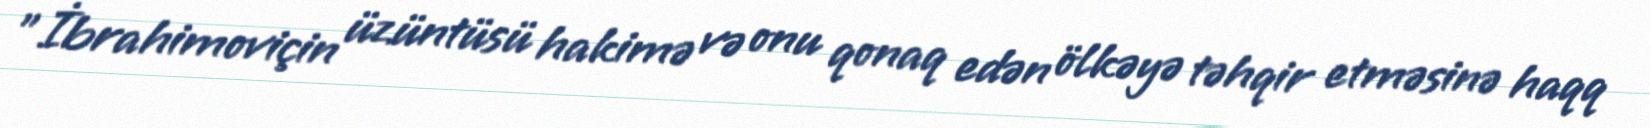
"İbrahimoviçin üzüntüsü hakimə və onu qonaq edən ölkəyə təhqir etməsinə haqq